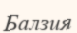
Балзия